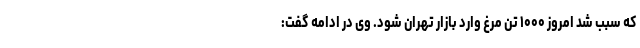
که سبب شد امروز ۱۰۰۰ تن مرغ وارد بازار تهران شود. وی در ادامه گفت: